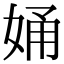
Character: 㛚